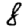
Digit: 8